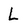
Character: L